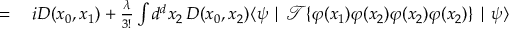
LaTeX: \begin{array} { r l } { = { } } & { { } i D ( x _ { 0 } , x _ { 1 } ) + { \frac { \lambda } { 3 ! } } \int d ^ { d } x _ { 2 } \, D ( x _ { 0 } , x _ { 2 } ) \langle \psi \mid { \mathcal { T } } \{ \varphi ( x _ { 1 } ) \varphi ( x _ { 2 } ) \varphi ( x _ { 2 } ) \varphi ( x _ { 2 } ) \} \mid \psi \rangle } \end{array}